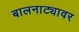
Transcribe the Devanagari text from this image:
बालनाट्यावर